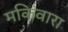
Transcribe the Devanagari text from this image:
मकिवारा